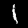
Label: 1